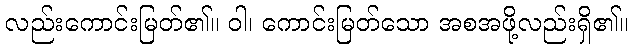
လည်းကောင်းမြတ်၏။ ဝါ၊ ကောင်းမြတ်သော အစအဖို့လည်းရှိ၏။